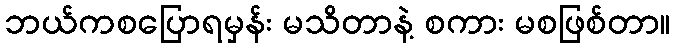
ဘယ်ကစပြောရမှန်း မသိတာနဲ့ စကား မစဖြစ်တာ။